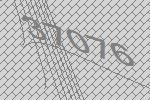
37076